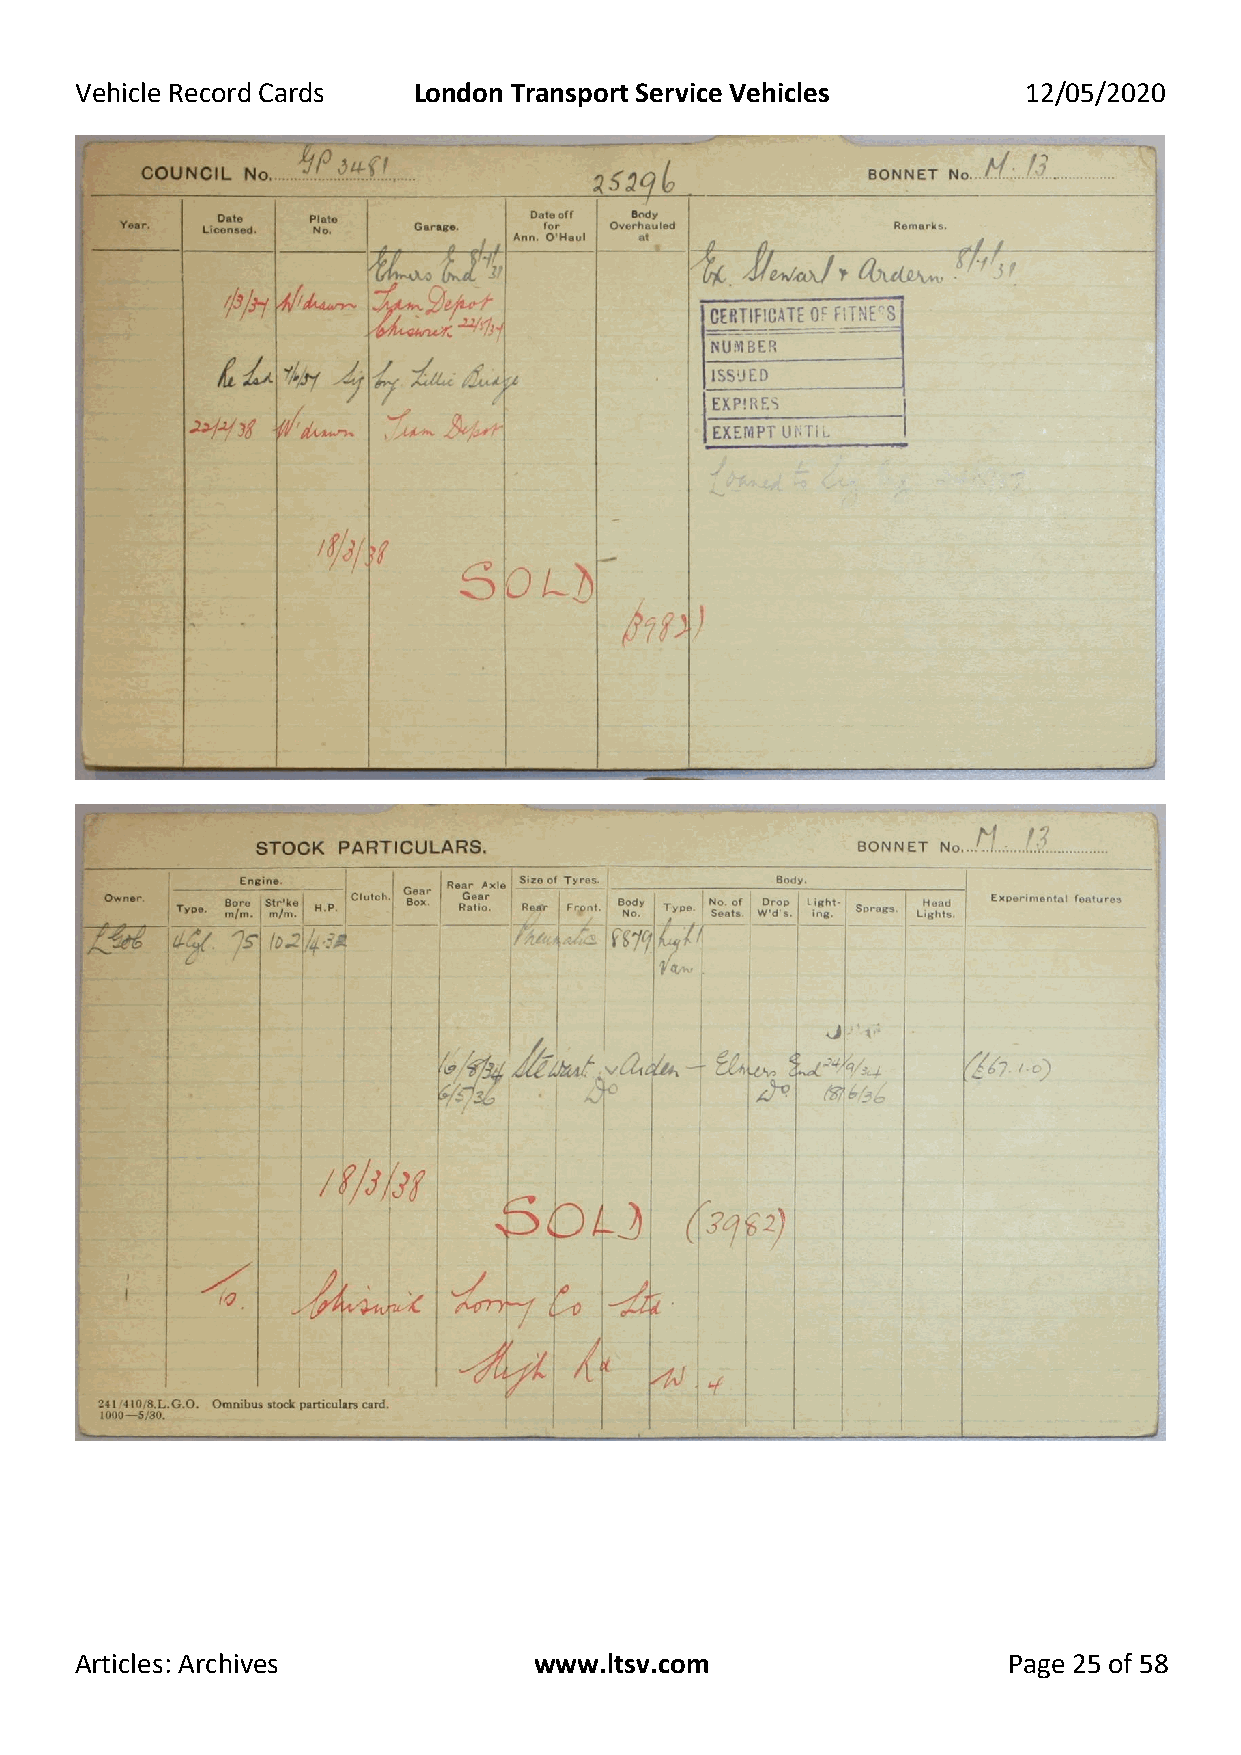
Vehicle Record Cards  London Transport Service Vehicles        12/05/2020
 Articles: Archives            www.ltsv.com                    Page 25 of 58